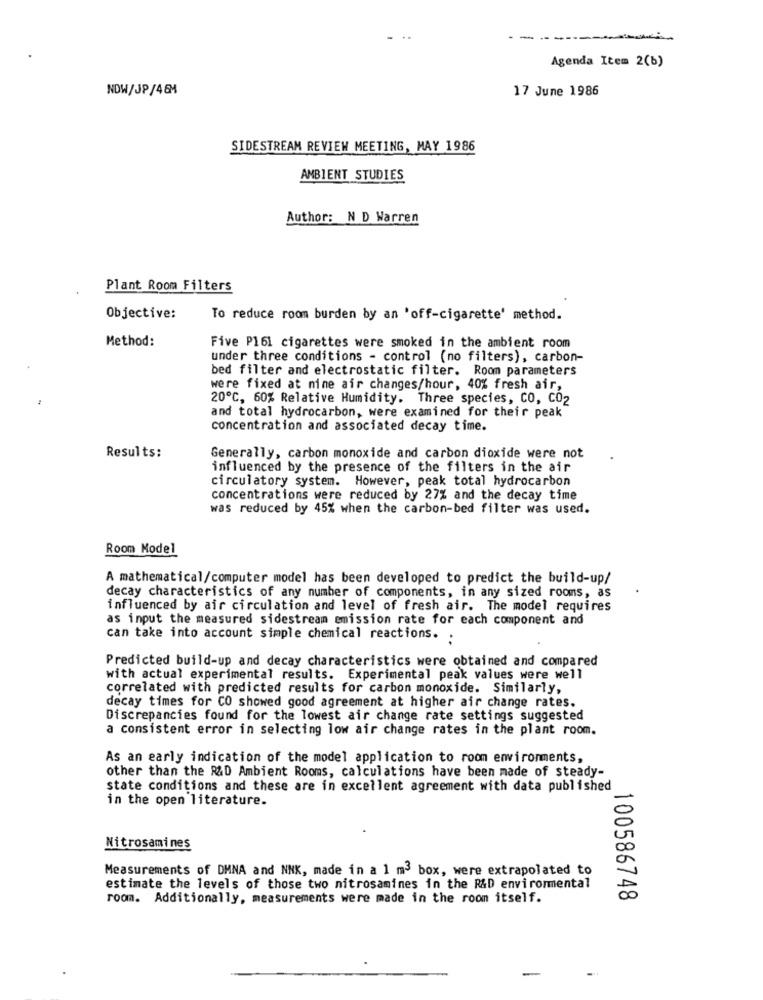
Agenda Item 2(b)
NOW/JP/464
17 June 1986
SIDESTREAM REVIEW MEETING, MAY 1986
AMBIENT STUDIES
Author: N D Warren
Plant Room Filters
Objective:
To reduce room burden by an 'off-cigarette' method.
Method:
Five P161 cigarettes were smoked in the ambient room
under three conditions - control (no filters), carbon-
bed filter and electrostatic filter. Room parameters
were fixed at nine air changes/hour, 40% fresh air,
20º℃, 60% Relative Humidity. Three species, CO, CO2
and total hydrocarbon, were examined for their peak
concentration and associated decay time.
Results:
Generally, carbon monoxide and carbon dioxide were not
influenced by the presence of the filters in the air
circulatory system. However, peak total hydrocarbon
concentrations were reduced by 27% and the decay time
was reduced by 45% when the carbon-bed filter was used.
Room Model
A mathematical/computer model has been developed to predict the build-up/
decay characteristics of any number of components, in any sized rooms, as
influenced by air circulation and level of fresh air. The model requires
as input the measured sidestream emission rate for each component and
Can take into account simple chemical reactions. .
Predicted build-up and decay characteristics were obtained and compared
with actual experimental results. Experimental peak values were well
correlated with predicted results for carbon monoxide. Similarly,
decay times for CO showed good agreement at higher air change rates.
Discrepancies found for the lowest air change rate settings suggested
a consistent error in selecting low air change rates in the plant room.
As an early indication of the model application to room environments,
other than the R&D Ambient Rooms, calculations have been made of steady-
state conditions and these are in excellent agreement with data published
in the open literature.
Nitrosamines
Measurements of DMNA and NNK, made in a 1 m3 box, were extrapolated to
estimate the levels of those two nitrosamines in the R&D environmental
room. Additionally, measurements were made in the room itself.
100586748